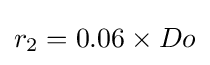
r_{2}=0.06\times Do